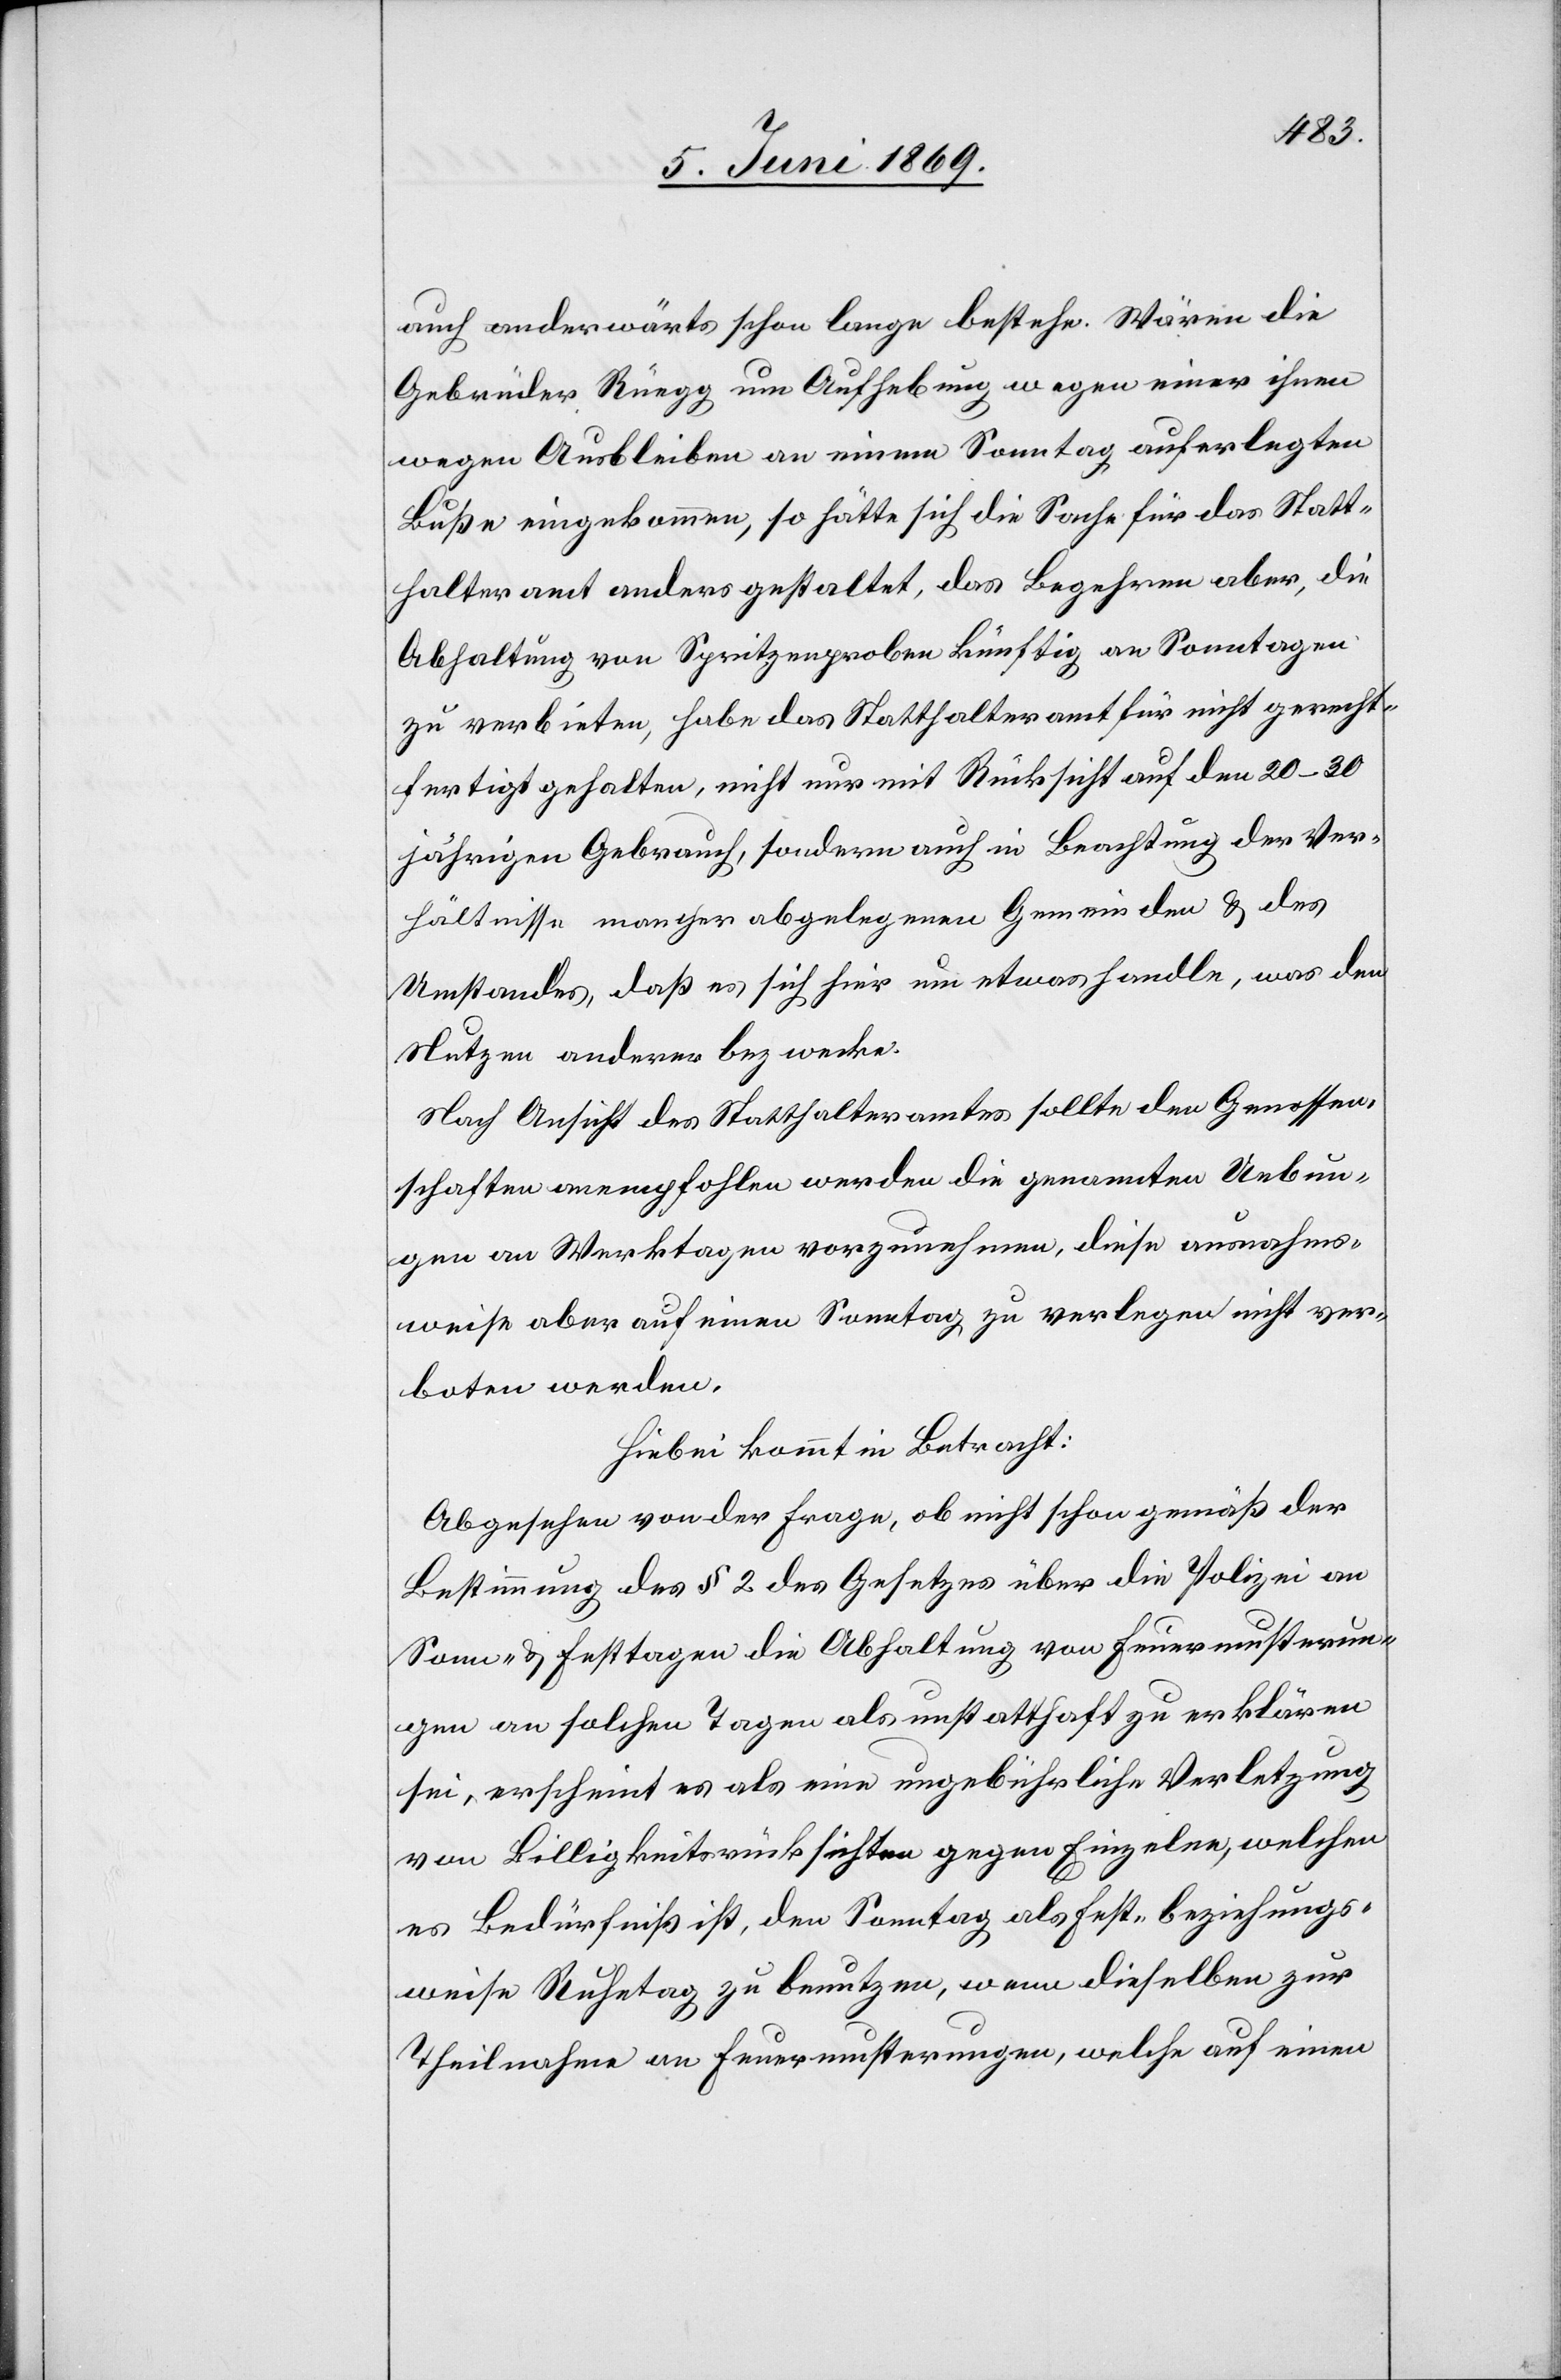
ahms¬
auch anderwärts schon lange bestehe. Wären die
Gebrüder Rüegg um Aufhebung wegen einer ihnen
wegen Ausbleiben an einem Sonntag auferlegten
Buße eingekommen, so hätte sich die Sache für das Statt¬
halteramt anders gestaltet, das Begehren aber, die
Abhaltung von Spritzenproben künftig an Sonntagen
zu verbieten, habe das Statthalteramt für nicht gerecht¬
fertigt gehalten, nicht nur mit Rücksicht auf den 20–30
jährigen Gebrauch, sondern auch in Beachtung der Ver¬
hältnisse mancher abgelegenen Gemeinden u. des
Umstandes, daß es sich hier um etwas handle, was den
Nutzen anderer bezwecke.
Nach Ansicht des Statthalteramtes sollte den Genossen¬
schaften anempfohlen werden die genannten ausn¬
weise aber auf einen Sonntag zu verlegen nicht ver¬
boten werden.
Hiebei kommt in Betracht:
Abgesehen von der Frage, ob nicht schon gemäß der
Bestimmung des § 2 des Gesetzes über die Polizei an
Sonn- u. Festtagen die Abhaltung von Feuermusterun¬
gen an solchen Tagen als unstatthaft zu erklären
sei, erscheint es als eine ungebührliche Verletzung
von Billigkeitsrücksichten gegen Einzelne, welchen
es Bedürfniß ist, den Sonntag als Fest- beziehungs¬
weise Ruhetag zu benutzen, wenn dieselben zur
Theilnahme an Feuermusterungen, welche auf einen